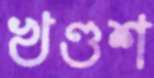
খণ্ডশ